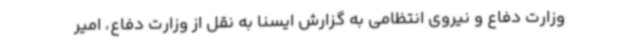
وزارت دفاع و نیروی انتظامی به گزارش ایسنا به نقل از وزارت دفاع، امیر